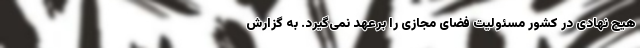
هیچ نهادی در کشور مسئولیت فضای مجازی را برعهد نمی‌گیرد. به گزارش